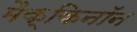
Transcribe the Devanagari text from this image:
मैक्किनॉन